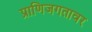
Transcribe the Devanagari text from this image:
प्राणिजगतावर